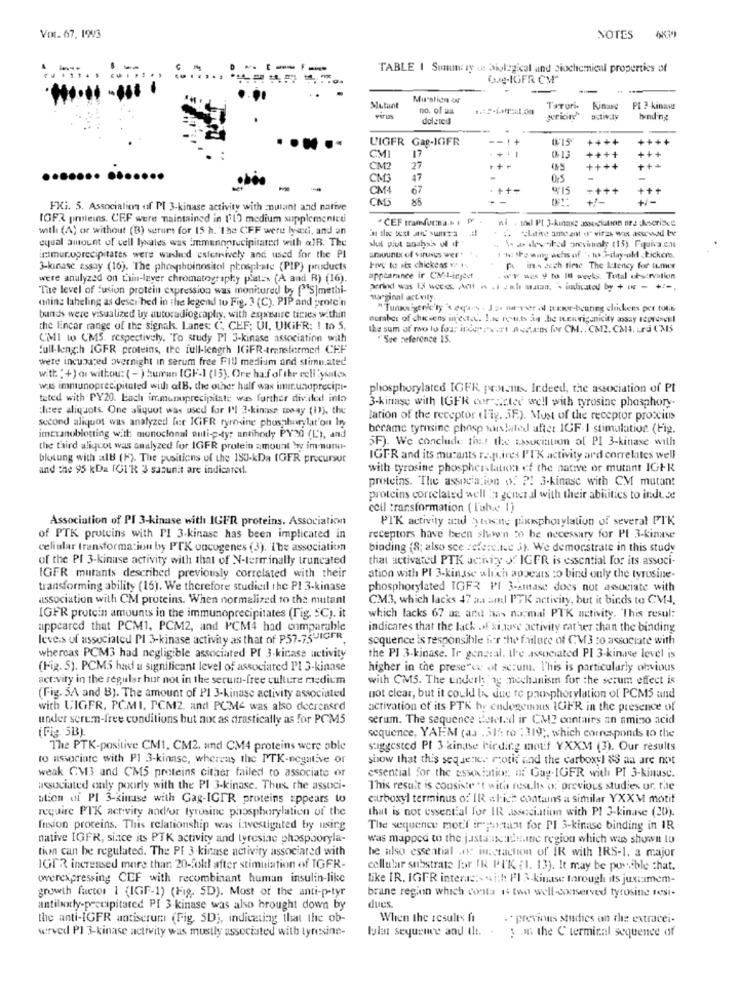
Vor. 67. 1993
NOTES
---
TABLE 1 Summi ty us Miological and biochemical properties of
Gog-IGFR CM"
--
Mustign &
Mutunt
no. of an
TaTori.
Kinase
Pt 2- kinave
deleted
binung
UIGFR Gag-IGFR
1+
0'15
++++
+++
CM
17
++++
CM2
27
++++
+++
47
0.5
-
-
-
CM1
67
. ++-
9'15
++1
CMS
+i-
FKi. 5. Association of PI 3-kinase activity with =nulant and native
IGER proteins. CEF were maintained in (1) medium supplementcui
. CEF tramforma ..
with (A) or without (B) serums for 15 h. the CFF were lyexi, and an
*Lative ameant of' viras was acerwad be
equal amount of vell lysales was immunnprecipitated with aJR. The
bab deviled orevisualy (15). Fquiva.cm
immuruprecipitates were washed estemively and used for the PI
amounts of viruses wer*
Ihr the way wehs of '- to Jalay-old kickers.
3-kinase essay (16). The phosphoinositol phosphate (PIP) products
Five to ate chickens « i
in.s 2ich tirse The latency for tuner
were analyzed on Lain-laver chromatography platz» (A and R) (16).
appearance ir CM1-inject
** = 29 to I8 weeks. Total che:rvstion
The level of Fusion protein expression was monitored by ["S|methi-
perind was 13 weed. Adli . . I .k.h matan, . indicated by + o - +7 -,
odins labeling as desci bed in the legend to Fig. 3 (C). PIP and protein
marginal actvily.
"Tunnaigenic'ty 's ed'a.s . Je- ne-vier ol tene-bearing chickens per tous
bunds were visualized by autoradiography, with egxtuire tinies w.thin
number of chicsens in estec. I.te rou.t ån ,he tenviganicity assay represent
the Eincar range of the signaks. Lanes: C, CEF; UI, UIGiFR: ! to 5,
the sum of mo lo four indepreci assens for CM ., CM2. CM4. Lrd ('MS
CMI to CM5. respectively. "To study PI 3-kinase association with
"Sue reference 15.
full-length IGFR proteins, the full-length IGFR-transfermed CEF
were incupused overnight in serum free FIU medium and stimu.ated
with :+) or withou: ( -)human IGF-1 (15). Ore haif of thr ecli 'ysales
was immunoprecipitated with afB. the other half wax immunoprecipi-
phosphorylated IGER protemts. Indeed, the association of PI
tuted with PY20. Each immunoprecipitate was further divided into
3-kinase with [GFR cor dictee well with tyrosine phosphory
thee aliquots. One aliquot was used for Pl 3-kinase many (1)), the
second aliquot was analyzed fur ICIFR tyrosine phosphorylat'on Iny
lation of the receptor ( Fig. 5F.). Most of the receptor proccits
became tymnsine phosp torslated after IGF-1 stimulation. (Fig.
imeranoblotting with monoclonal anti-p-tyr antibody PY20 (L'), and
5F). We conclude that the issuciation of PI 3-kinase with
the third aligcot was analyzed for IGFR protein amount bry im muni-
blotung with all (H). The positions of the 150-kDa (GFR precursor
IGFR and its mutants respires I'TK activity ard correlates well
and the 95 kDa ICI'R 3 sazunit are indicared.
with tyrosine phosphorylation of the native or mutant IGt-R
proteins. The association o. P! 3-kinase with CM mutant
proteins correlated well la general with their abRitics to induce
ccil transformation ( l'abe 1]
Association of PI 3-kinase with IGER proteins. Association
PIK activity and tusin pixinphorylation of several PIK
of PTK proteins with PI 3-kinase has been implicated in
receptors have been shown 26 be necessary for Pl 3-kinase
cellular transformation by PTK oncogenes (3). The association
binding (8; also sce refere.tue 3). We demonstrate in this study
of the PI 3-kinase activity with that of N-terminally truncated
that activated PTK achiy J. IGFR is essential for its associ-
IGFR mutants described previously correlated with their
ation with Pl 3-kinase which appears to bind only the tyrosine-
transforming ability (16). We therefore studied the PI 3-kinase
phosphorylated IGFR PI 3-smase does not associate with
association with CM proteins. When normalized to the mutant
CM3, which lacks 47 ans aml PTK activity, but it binds to CV-4,
IGER protein amounts in the immunoprecipitates (Fig. SC). it
which lacks 67 az ardt has nacmal PTK activity. "This resul:
uppcared that PCM1, PCM2, and PCM4 had comparable
indicates that the lack of kingse activity rather than the binding
leves of associated Pl 3-kinase activity as that of P57-75VICFR
sequence is responsible for the failure of CV3 :o associate with
whereas PCM3 had negligible associated Pf 3-kicase activity
the PI 3-kinase. Ir general. the associated PI 3-kinase level is
(Fig. 5). PCM5 had a significant level of associated Pl 3-kinase
higher in the presence of scrum. I'his is particularly obvious
activity in the regular hur not in the serum-free culture medium
with CM5. The underh ag mechanism for the serum effect is
(Fig. 5A and B). The amount of PI 3-kinase activity associated
not clear, but it could be due re phosphorylation of PCMS und
with UIGFR, PCMI, PCM2. and PCM4 was also decreased
activation of its PTK he endogenous 1GFR in the presence of
under seremn-free conditions but not as drastically as for PCM5
serum. The sequence deleted ir CM2 contains an amino acid
(Fig. 5B).
sequence, YAEM (aa .312 to : 319 ;, which corresponds to the
The PTK-positive CM1, CM2, and CM4 proteins were able
suggested PI 3 kinase birding mouf YXXM (3). Our results
to associate with Pl 3-kinase, whereas the PTK-negative or
show that this sequence motif and the carboxyl 8S aa are not
weak CM3 and CM5 proteins cither failed to associate or
essential for the association: of Gay-IGFR with PI 3-kinase.
associated only poorly with the PI 3-kinase. Thus, the associ-
This result is consiste "t with results of previous studies or. the
ation of PI 3-kinase with Gag-IGIR proteins appears wo
carboxyl terminus of IR al:ich contains a similar YXXM motif
require PTK activity andfor tyrosine phosphorylation of the
that is not essential for IR association with PI 3-kinase (20).
fusion proceins. This relationship was investigated by using
The sequence mot'f ir partant for PI 3-kinase binding in IR
native IGFR, since its PTK activity and tyrosine phosphoryla-
was mapped to the justansende.ite region which was shown to
tion can be regulated. The PI 3 kinase activity associated with
he also essential x inetaction of IR with IRS-1. a major
IGER increased more than 20-foll after stimulation of IGFR-
cellular substrate for IN PIK { 1. 13). It may be possible that.
wwwerexpressing CEF with recombinant human insulin-like
like IR. IGER interacts with PI 3-kinase torough its justamem-
growth factor 1 (IGF-1) (Fig, SD). Most of the anti-p-tyr
brane region which conta 1 two well-conserved tyrosine tesi.
dues
antilaly-precipitated PI 3-kinase was also brought down by
the anti-IGFR antiserum (Fig. 5D ;, indicating that the ob-
When the results fi
. previous studies on the extracei-
wirved PI 3-kinase activity was mustly associated with tyresine-
lola sequence and the. .
3 .in the C terminal sequence of